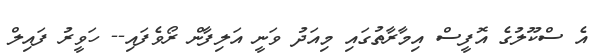
އެ ސްކޫލުގެ އޮފީސް އިމާރާތުގައި މިއަދު ވަނީ އަލިފާން ރޯވެފައި-- ހަވީރު ފައިލް